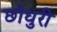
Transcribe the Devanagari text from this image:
छौधुरी